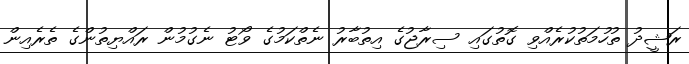
ރަޝީދު ތުހުމަތުކުރެއްވި ގޮތުގައި ސިރާޖުގެ އިތުބާރު ނެތްކަމުގެ ވޯޓު ނެގުމުން ރައްޔިތުންގެ ތެރެއިން